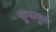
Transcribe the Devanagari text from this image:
सुनामुर्ग़